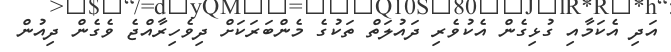
އަދި އެކަމާއި ގުޅިގެން އެކުވެރި ދައުލަތް ތަކުގެ މެންބަރަކަށް ދިވެހިރާއްޖެ ވެގެން ދިއުން